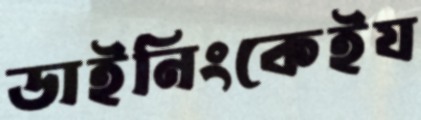
ডাইনিংকেইয